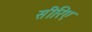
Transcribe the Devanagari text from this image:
सीरिए